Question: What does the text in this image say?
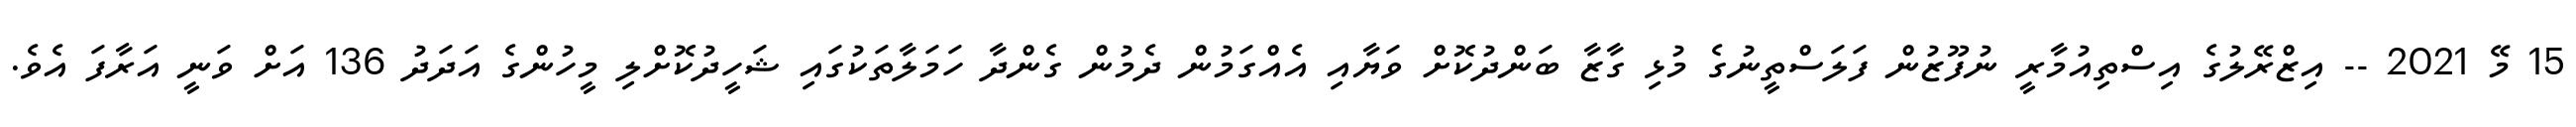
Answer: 15 މޭ 2021 -- އިޒްރޭލުގެ އިސްތިއުމާރީ ނުފޫޒުން ފަލަސްތީނުގެ މުޅި ގާޒާ ބަންދުކޮށް ވަޔާއި އެއްގަމުން ދެމުން ގެންދާ ހަމަލާތަކުގައި ޝަހީދުކޮށްލި މީހުންގެ އަދަދު 136 އަށް ވަނީ އަރާފަ އެވެ.